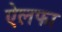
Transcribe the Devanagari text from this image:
ऐलफा